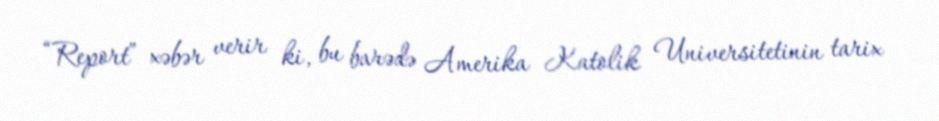
“Report” xəbər verir ki, bu barədə Amerika Katolik Universitetinin tarix